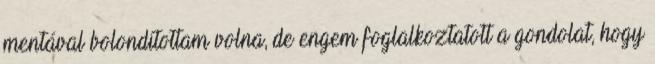
mentával bolondítottam volna, de engem foglalkoztatott a gondolat, hogy